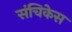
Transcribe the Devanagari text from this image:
संचिकेस